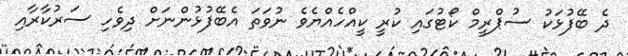
ދެ ބޭފުޅަކު ސުޕްރީމް ކޯޓުގައި ކުރީ ކީއްހެއްޔެވެ ނުވަތަ އެބޭފުޅުންނަށް ދިވެހި ސަރުކާރާއި